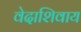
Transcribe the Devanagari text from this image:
वेदाशिवाय